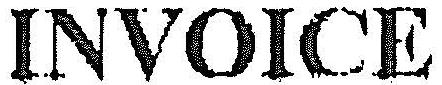
INVOICE